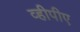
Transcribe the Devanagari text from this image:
व्हीपीए